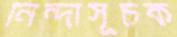
নিন্দাসূচক